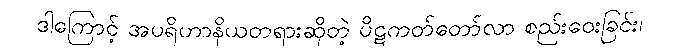
ဒါကြောင့် အပရိဟာနိယတရားဆိုတဲ့ ပိဋကတ်တော်လာ စည်းဝေးခြင်း၊